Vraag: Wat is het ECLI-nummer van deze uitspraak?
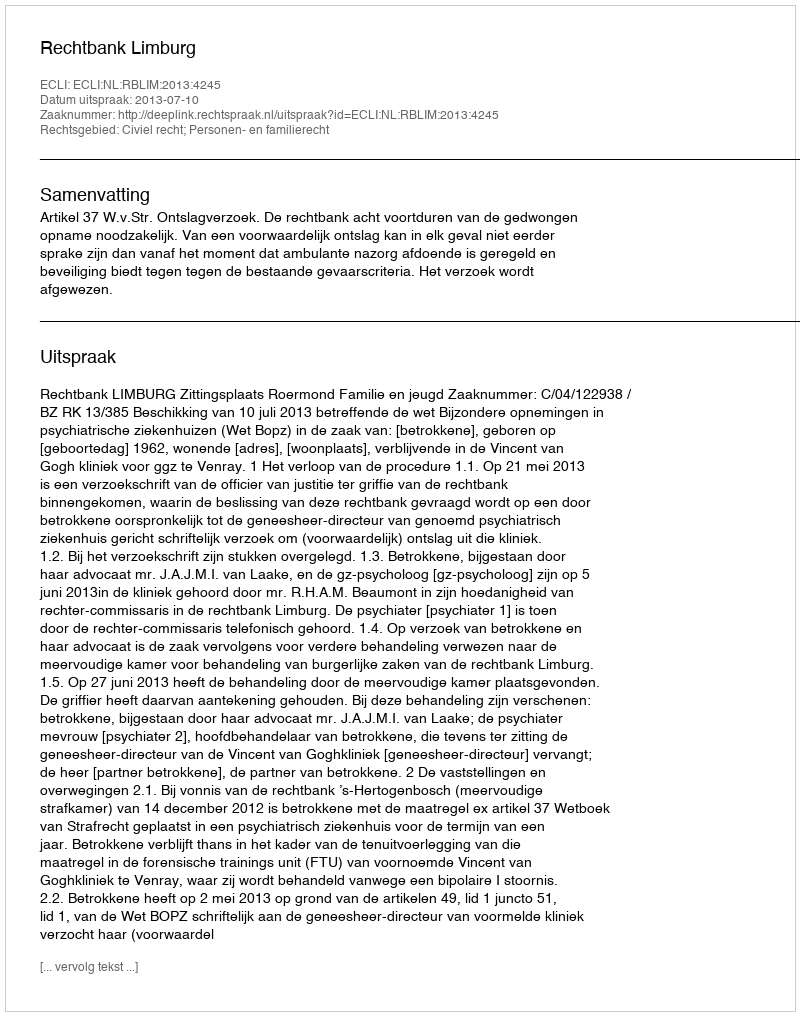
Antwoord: ECLI:NL:RBLIM:2013:4245